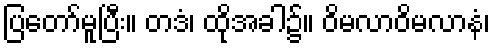
ပြတော်မူပြီး။ တဒံ၊ ထိုအခါ၌။ ဝိမလာဝိမလာနံ၊